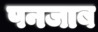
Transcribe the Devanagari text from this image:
पनजाब